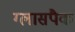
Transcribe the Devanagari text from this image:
ग्लासपैक